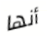
أنها